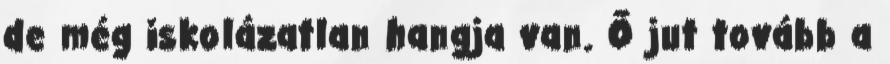
de még iskolázatlan hangja van. Ő jut tovább a